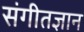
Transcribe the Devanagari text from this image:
संगीतज्ञान